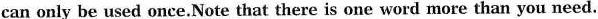
can only be used once.Note that there is one word more than you need.